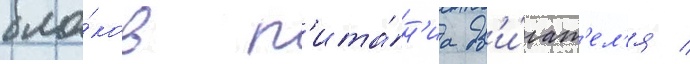
бло́ков п'ита́н'иа дв'и́гат'ел'я /